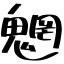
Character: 魍